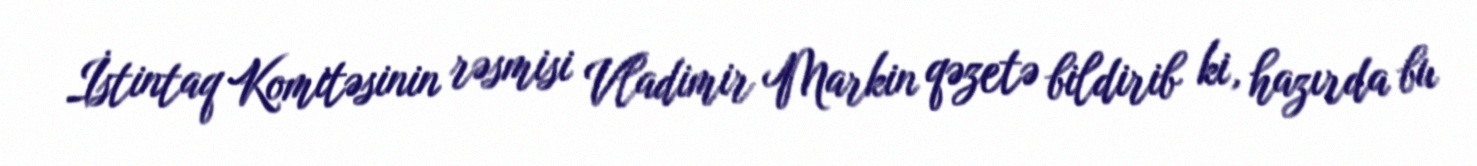
İstintaq Komitəsinin rəsmisi Vladimir Markin qəzetə bildirib ki, hazırda bu